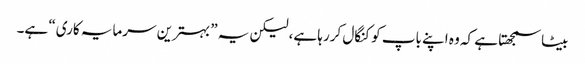
بیٹا سمجھتا ہے کہ وہ اپنے باپ کو کنگال کررہا ہے، لیکن یہ ”بہترین سرمایہ کاری“ ہے۔